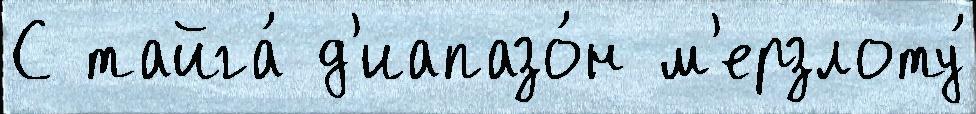
С тайга́ д'иапазо́н м'ерзлоту́